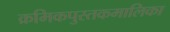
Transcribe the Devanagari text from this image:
क्रमिकपुस्तकमालिका